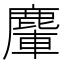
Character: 𪋀